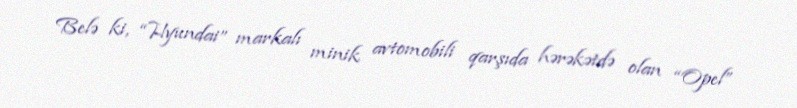
Belə ki, “Hyundai” markalı minik avtomobili qarşıda hərəkətdə olan “Opel”